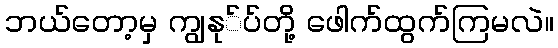
ဘယ်တော့မှ ကျွနု်ပ်တို့ ဖေါက်ထွက်ကြမလဲ။